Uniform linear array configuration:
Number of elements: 12
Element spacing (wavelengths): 0.25
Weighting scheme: blackman
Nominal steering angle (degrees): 0
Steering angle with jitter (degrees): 1.163
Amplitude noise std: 0.05
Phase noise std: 0.05

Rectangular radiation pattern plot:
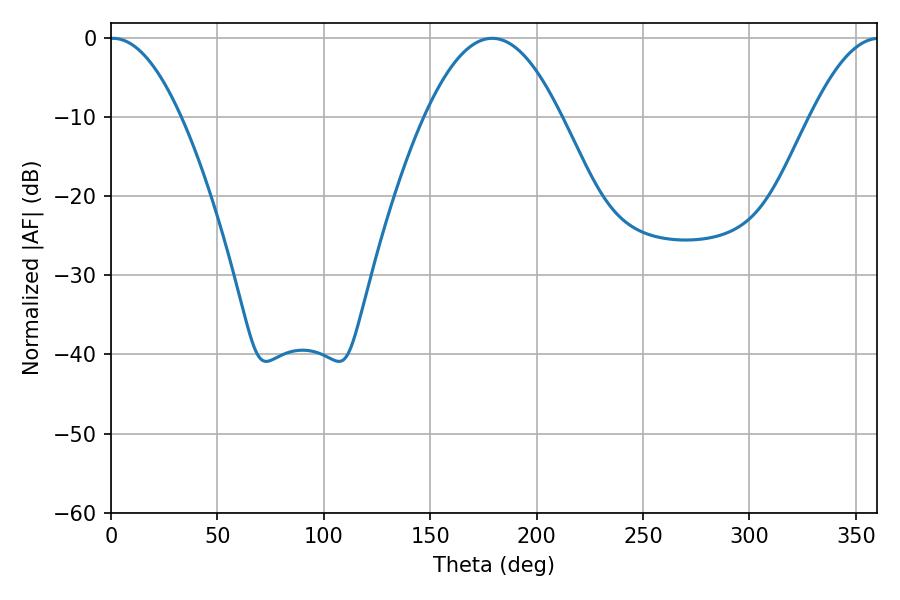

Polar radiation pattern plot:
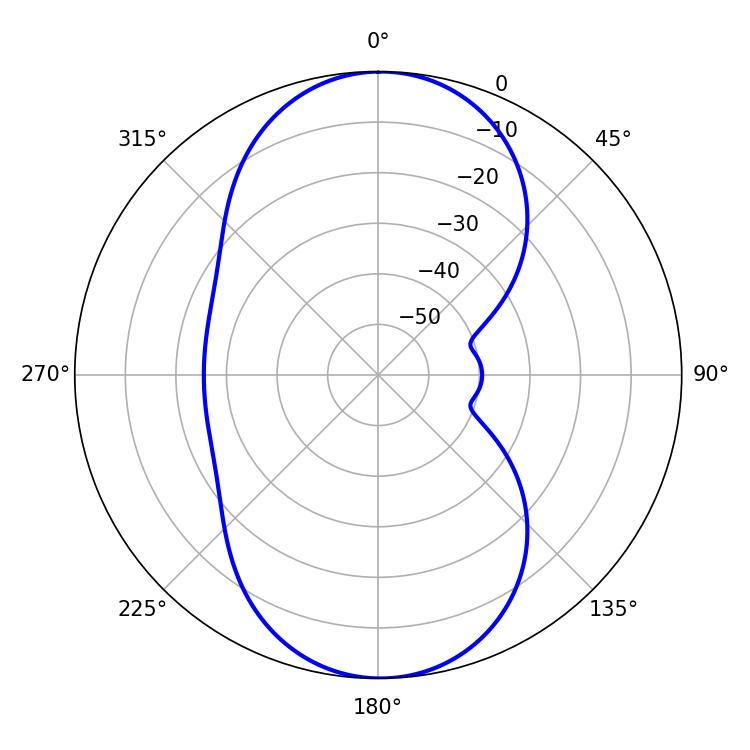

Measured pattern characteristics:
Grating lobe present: FALSE
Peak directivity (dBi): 24.029
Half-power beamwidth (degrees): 18.36
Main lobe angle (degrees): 0.9